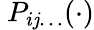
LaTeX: \ P_{i\mathit{j}\ldots}(\cdot)